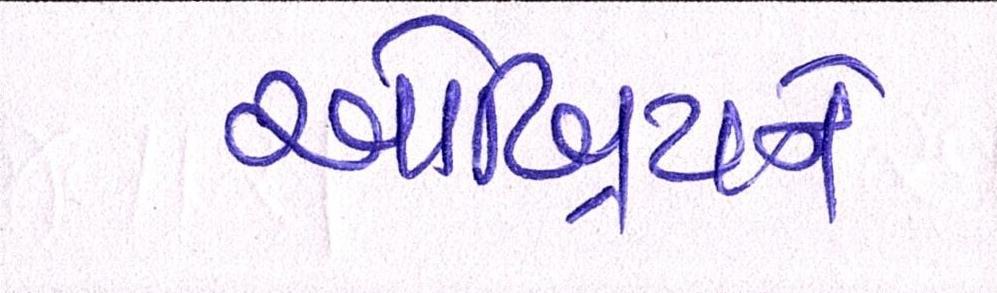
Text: ઓબ્રિયને